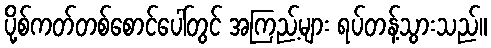
ပို့စ်ကတ်တစ်စောင်ပေါ်တွင် အကြည့်များ ရပ်တန့်သွားသည်။